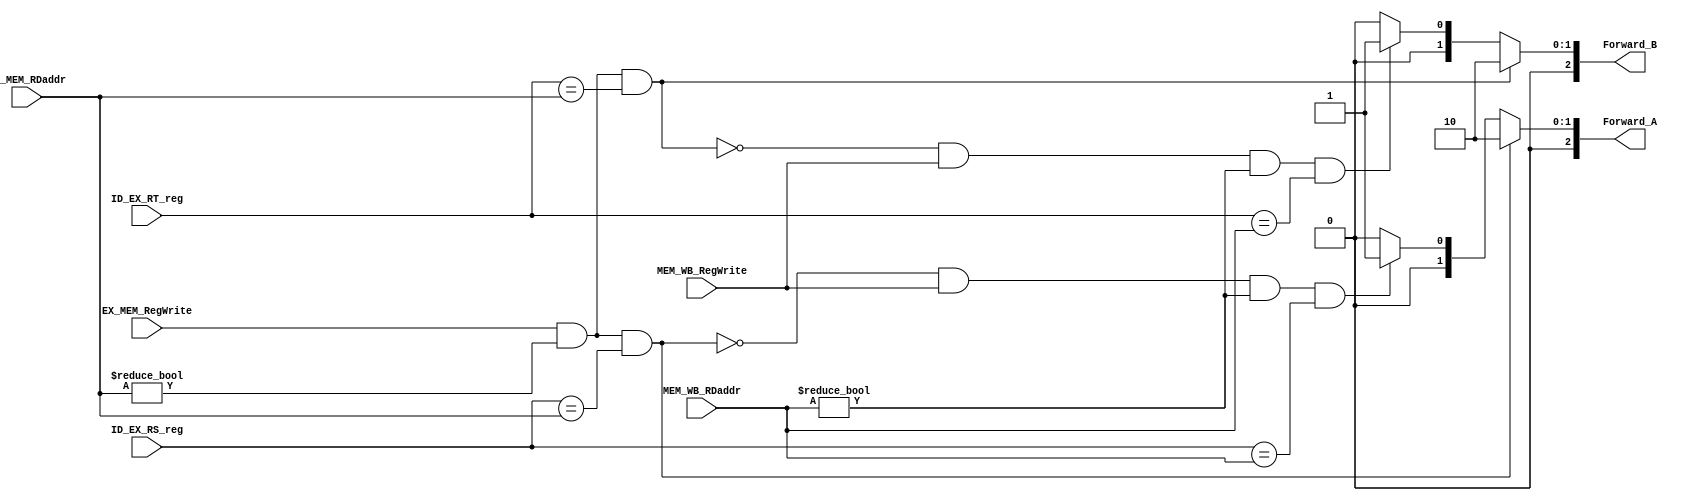
module EX_ForwardingUnit( EX_MEM_RDaddr ,   
                           MEM_WB_RDaddr ,    
                           ID_EX_RS_reg ,     
                           ID_EX_RT_reg ,     
                           EX_MEM_RegWrite ,     
                           MEM_WB_RegWrite ,     
                           Forward_A ,        
                           Forward_B );       

input  [2:0] EX_MEM_RDaddr;
input  [2:0] MEM_WB_RDaddr;
input  [2:0] ID_EX_RS_reg;
input  [2:0] ID_EX_RT_reg;
input        EX_MEM_RegWrite;
input        MEM_WB_RegWrite;

output  [2:0] Forward_A ;
output  [2:0] Forward_B ;

assign Forward_A = ( EX_MEM_RegWrite & (EX_MEM_RDaddr != 0) & (ID_EX_RS_reg == EX_MEM_RDaddr) ) ? 2'b10 :
                   ( ~( EX_MEM_RegWrite & (EX_MEM_RDaddr != 0) & (ID_EX_RS_reg == EX_MEM_RDaddr) ) & MEM_WB_RegWrite & (MEM_WB_RDaddr != 0) & (ID_EX_RS_reg == MEM_WB_RDaddr) ) ? 2'b01 :
                    2'b00;
assign Forward_B = ( EX_MEM_RegWrite & (EX_MEM_RDaddr != 0) & (ID_EX_RT_reg == EX_MEM_RDaddr) ) ? 2'b10 :
                   ( ~( EX_MEM_RegWrite & (EX_MEM_RDaddr != 0) & (ID_EX_RT_reg == EX_MEM_RDaddr) ) & MEM_WB_RegWrite & (MEM_WB_RDaddr != 0) & (ID_EX_RT_reg == MEM_WB_RDaddr) ) ? 2'b01 :
                    2'b00;

endmodule